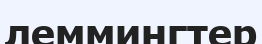
леммингтер